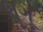
બૂગૂ